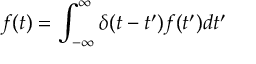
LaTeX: f ( t ) = \int _ { - \infty } ^ { \infty } \delta ( t - t ^ { \prime } ) f ( t ^ { \prime } ) d t ^ { \prime }